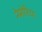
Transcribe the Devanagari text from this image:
नेमोरिया